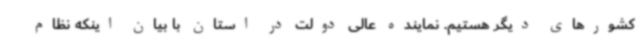
کشورهای دیگر هستیم. نماینده عالی دولت در استان با بیان اینکه نظام